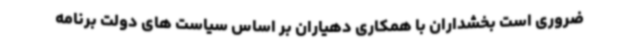
ضروری است بخشداران با همکاری دهیاران بر اساس سیاست های دولت برنامه